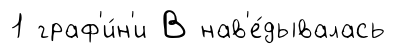
1 граф'и́н'и В нав'е́дывалась